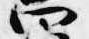
四